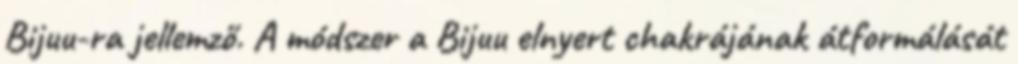
Bijuu-ra jellemző. A módszer a Bijuu elnyert chakrájának átformálását